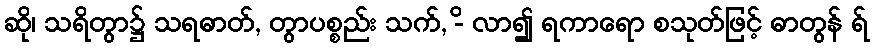
ဆို၊ သရိတွာ၌ သရဓာတ်, တွာပစ္စည်း သက်, -ိ လာ၍ ရကာရော စသုတ်ဖြင့် ဓာတွန် ရ်